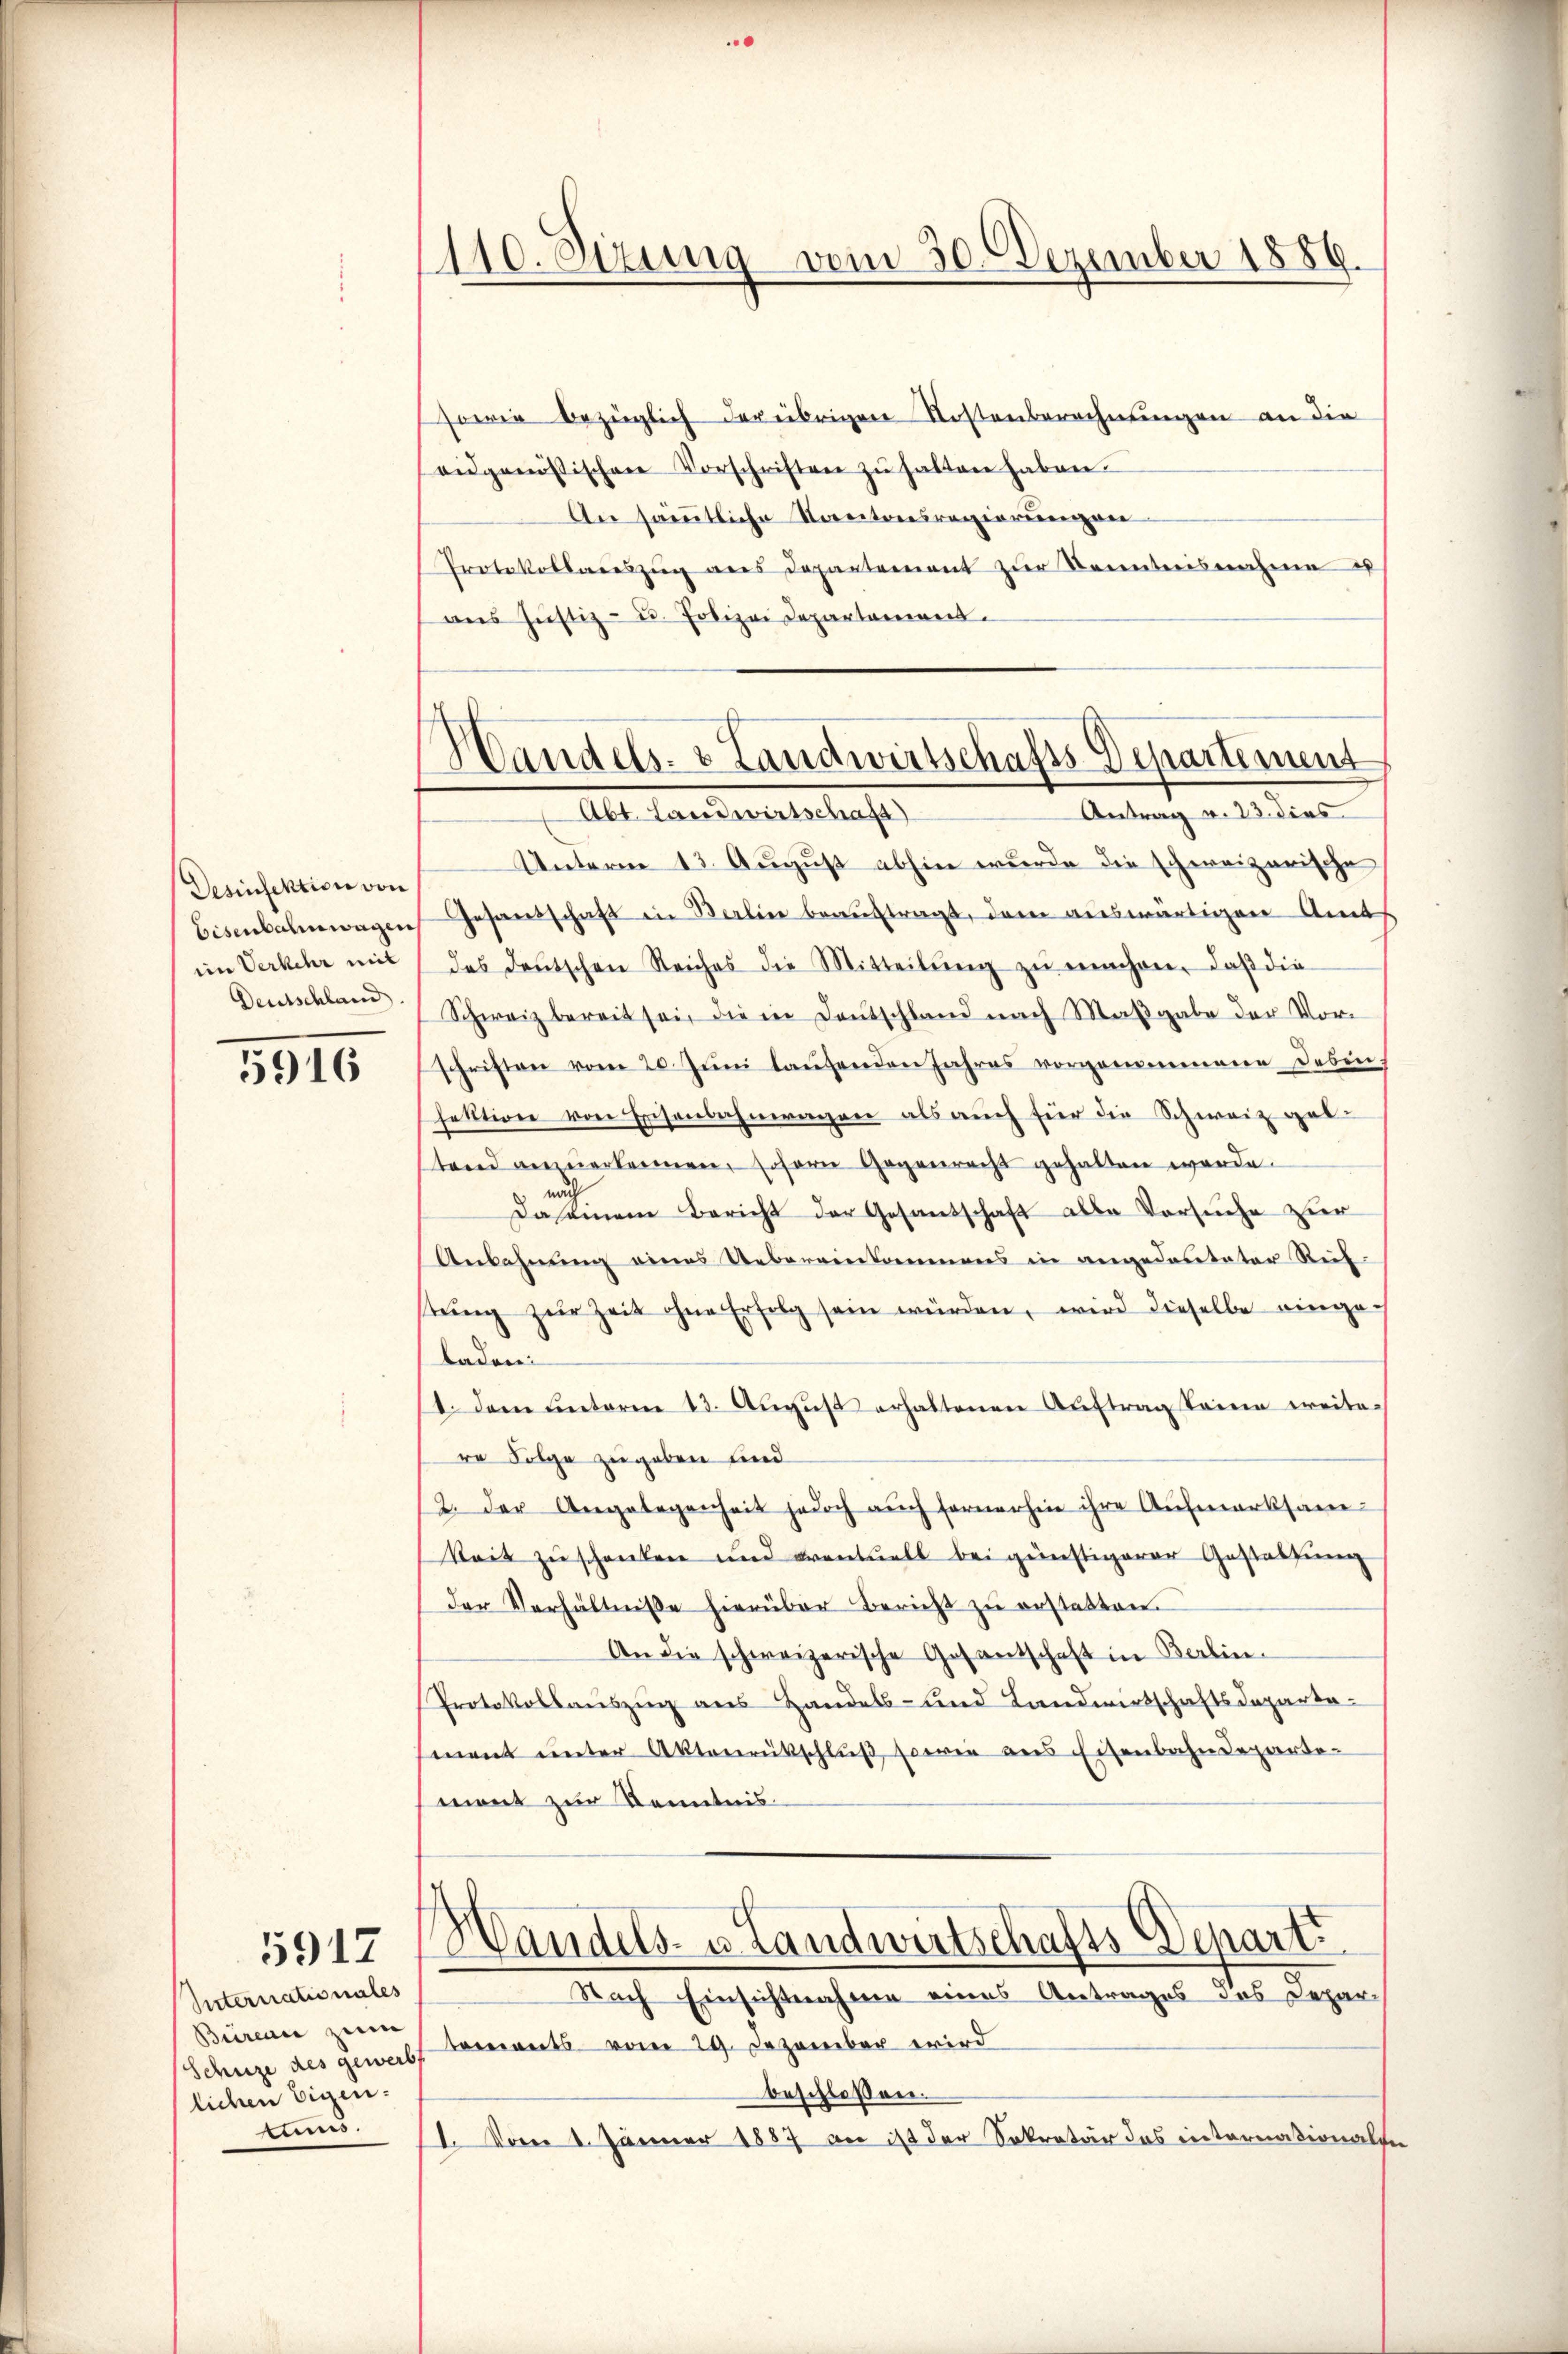
Desinfektion von
Eisenbahnwagen
im Verkehr mit
Deutschland

5916

Internationales
Bureau zum
Schuze des gewerbt
lichen Eigentums.

5917

sowie bezüglich der übrigen Kostenberechnungen an die
eidgenössischen Vorschriften zŭ halten haben.
An sämmtliche Kantonsregierungen
Protokollareszŭg ans Departement zŭr Kenntnisnahme
ans Justiz- u. Polizei Departement.

110. Sizung vom 30. Dezember 1889.

Handels- & Landwirtschafts-Departement
Abt. Landwirtschaft)
Antrag v. 23. dies

Unterm 13. August abhin wurde die schweizerische
Gesandschaft in Berlin beauftragt, dem auswärtigen Anas
des deutschen Reiches die Mitteilŭng zŭ machen. daβ die
Schweiz bereit sei, die in Deutschland nach Maβgabe der Vorschriften vom 20. Juni lausenden Jahres vorgenommene Debenhatltion von Eschenbahnwagen als auch für die Schweiz gab
stand anzuerkennen, soforie Gegenrecht gehalten werde.
Daseinem Bericht der Gesandschaft alle Versuche zur
Anbahnung eines Uebereinkommens in angedeuteter Reif-
tŭng zŭr Zeit ohne Erfolg sein würden, wird dieselbe eingeladen
4. Dem unterm 13. Aŭgŭst erhaltenen Aŭftrag keine weite-
re Folge zugeben und
2. der Angelegenheit jedoch auch fernerhin ihre Aufmerksam-
keit zu schenken und eventuell bei günstigerer Gestaltung
der Verhältnisse hierüber Bericht zŭ erstatten.
An die schweizerische Gesantschaft in Berlin.
Protokollauszug aus Handels- und Landwirtschaftsdepartament ŭnter Aktenrükschlŭβ sowie aus Eisenbahndeparte-
ment zur Kenntnis.
¬
Handels- u. Landwirtschafts-Depart.
Nach Einsichtnahme eines Antrages des Departements vom 29. Dezember wird
beschlossen.
I. Vom 1. Jänner 1887 an ist der Sekretär das internationalse